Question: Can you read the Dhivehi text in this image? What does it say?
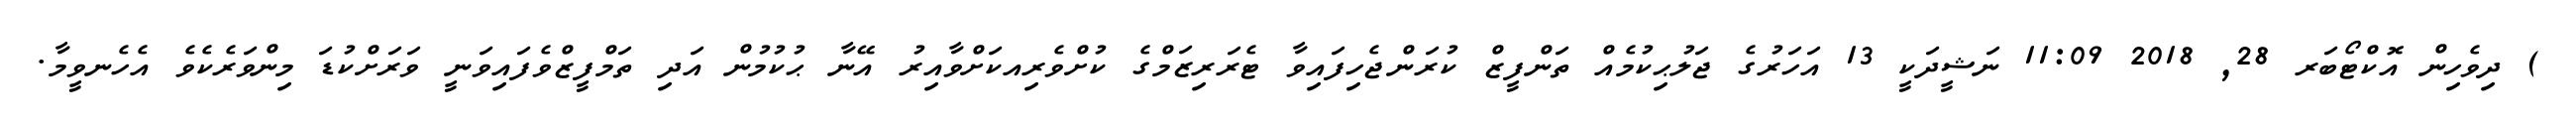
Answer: ) ދިވެހިން އޮކްޓޯބަރ 28, 2018 11:09 ނަޝީދަކީ 13 އަހަރުގެ ޖަލުޙިކުމެއް ތަންފީޒް ކުރަންޖެހިފައިވާ ޓެރަރިޒަމްގެ ކުށްވެރިއކަށްވާއިރު އޭނާ ޙުކުމުން އަދި ތަމްފީޒްވެފައިވަނީ ވަރަށްކުޑަ މިންވަރެކެވެ އެހެނވީމާ.